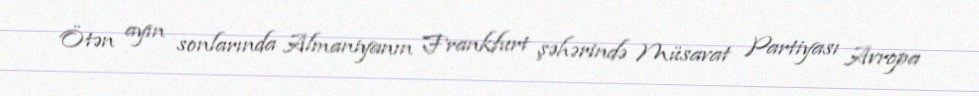
Ötən ayın sonlarında Almaniyanın Frankfurt şəhərində Müsavat Partiyası Avropa